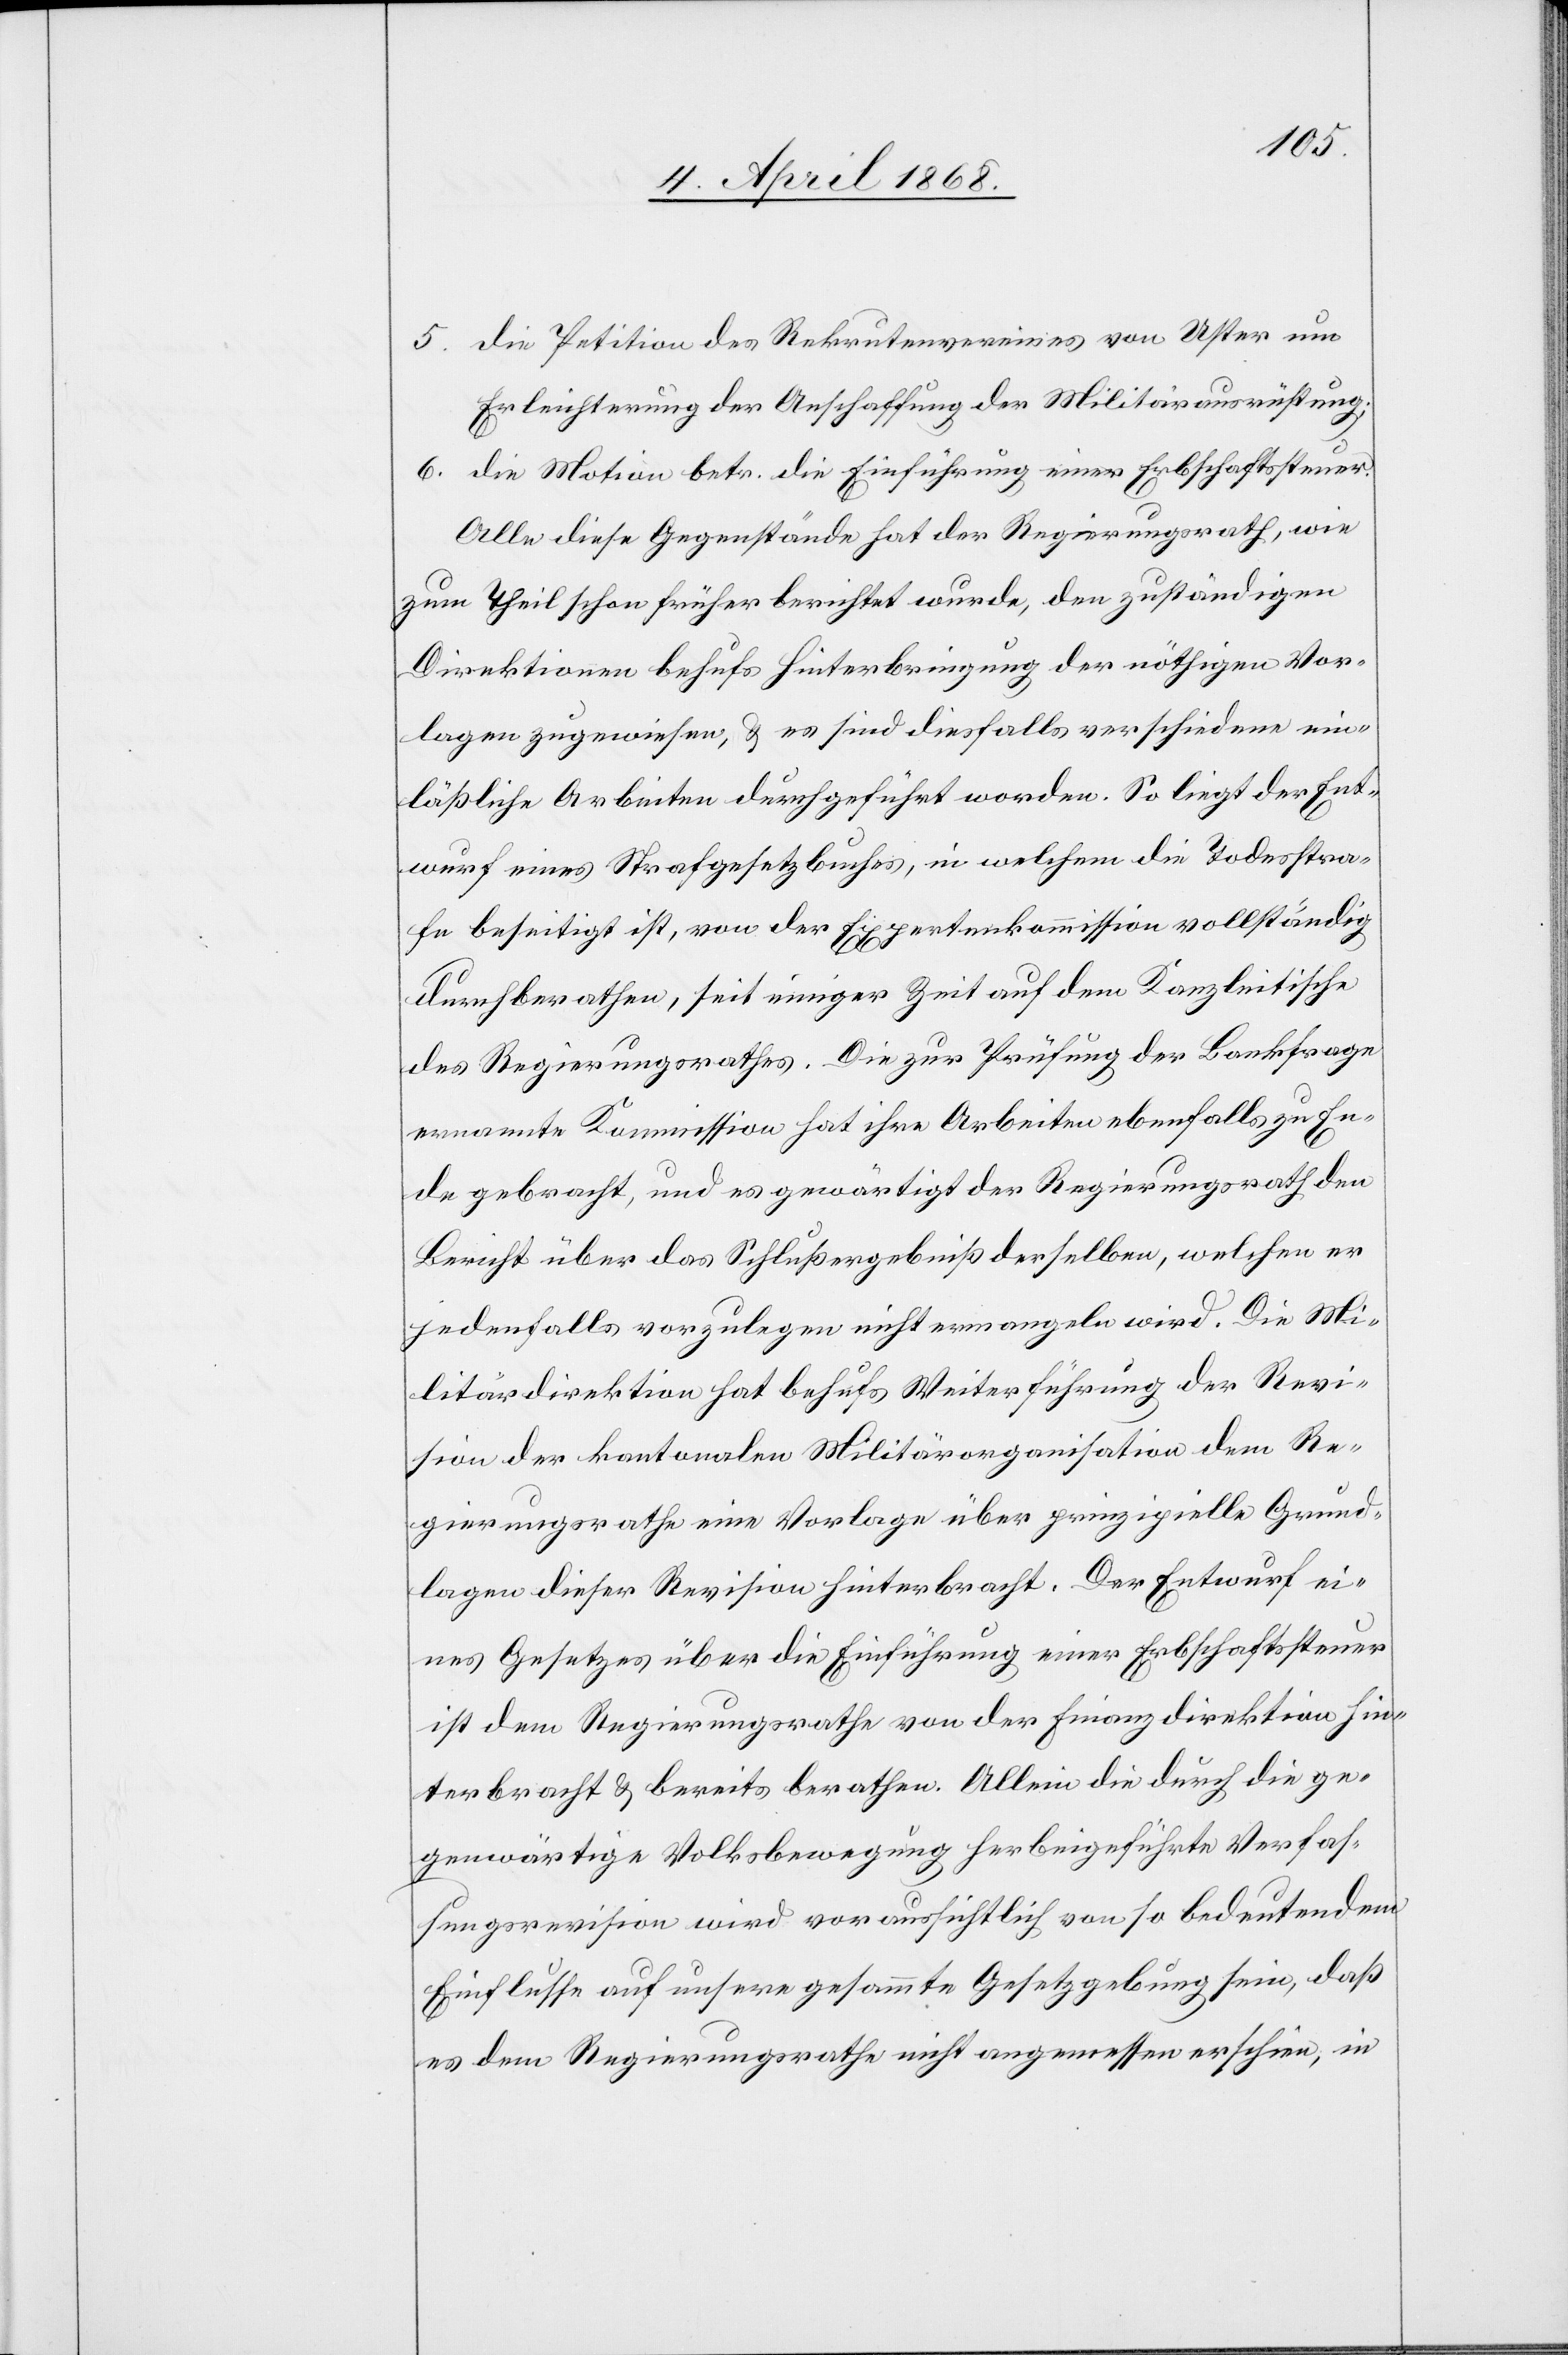
5.
die Petition des Rekrutenvereines von Uster um
Erleichterung der Anschaffung der Militärausrüstung;
die Motion betr. die Einführung einer Erbschaftssteuer.
Alle diese Gegenstände hat der Regierungsrath, wie
zum Theil schon früher berichtet wurde, den zuständigen
Direktionen behufs Hinterbringung der nöthigen Vor¬
lagen zugewiesen, & es sind diesfalls verschiedene ein¬
läßliche Arbeiten durchgeführt worden. So liegt der Ent¬
wurf eines Strafgesetzbuches, in welchem die Todesstra¬
fe beseitigt ist, von der Expertenkommission vollständig
durchberathen, seit einiger Zeit auf dem Kanzleitische
des Regierungsrathes. Die zur Prüfung der Bankfrage
ernannte Kommission hat ihre Arbeiten ebenfalls zu En¬
de gebracht, und es gewärtigt der Regierungsrath den
Bericht über das Schlußergebniß derselben, welchen er
jedenfalls vorzulegen nicht ermangeln wird. Die Mi¬
litärdirektion hat behufs Weiterführung der Revi¬
sion der kantonalen Militärorganisation dem Re¬
gierungsrathe eine Vorlage über prinzipielle Grund¬
lagen dieser Revision hinterbracht. Der Entwurf ei¬
nes Gesetzes über die Einführung einer Erbschaftssteuer
ist dem Regierungsrathe von der Finanzdirektion hin¬
terbracht & bereits berathen. Allein die durch die ge¬
genwärtige Volksbewegung herbeigeführte Verfas¬
sungsrevision wird voraussichtlich von so bedeutendem
Einflusse auf unsere gesammte Gesetzgebung sein, daß
es dem Regierungsrathe nicht angemessen erschien, in